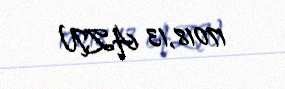
17018,13 AZN